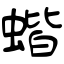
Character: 蝔